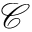
{ \mathscr C }